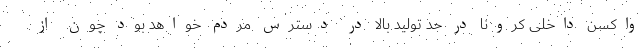
واکسن داخلی کرونا در حد تولید بالا در دسترس مردم خواهد بود چون از